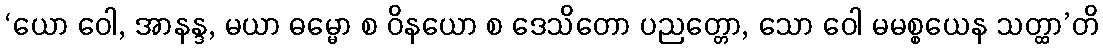
‘ယော ဝေါ, အာနန္ဒ, မယာ ဓမ္မော စ ဝိနယော စ ဒေသိတော ပညတ္တော, သော ဝေါ မမစ္စယေန သတ္ထာ’တိ